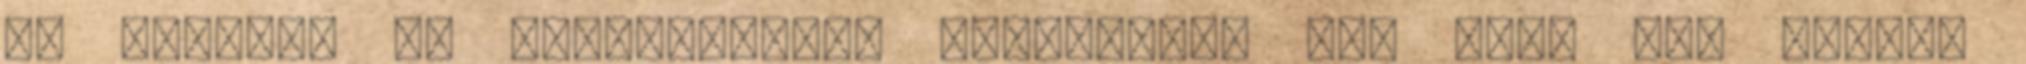
jó volt,és ez most.PERFECT Gratulálok ZUK Csak így tovább